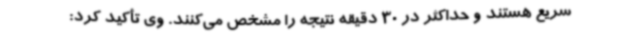
سریع هستند و حداکثر در 30 دقیقه نتیجه را مشخص می‌کنند. وی تأکید کرد: